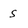
Character: S